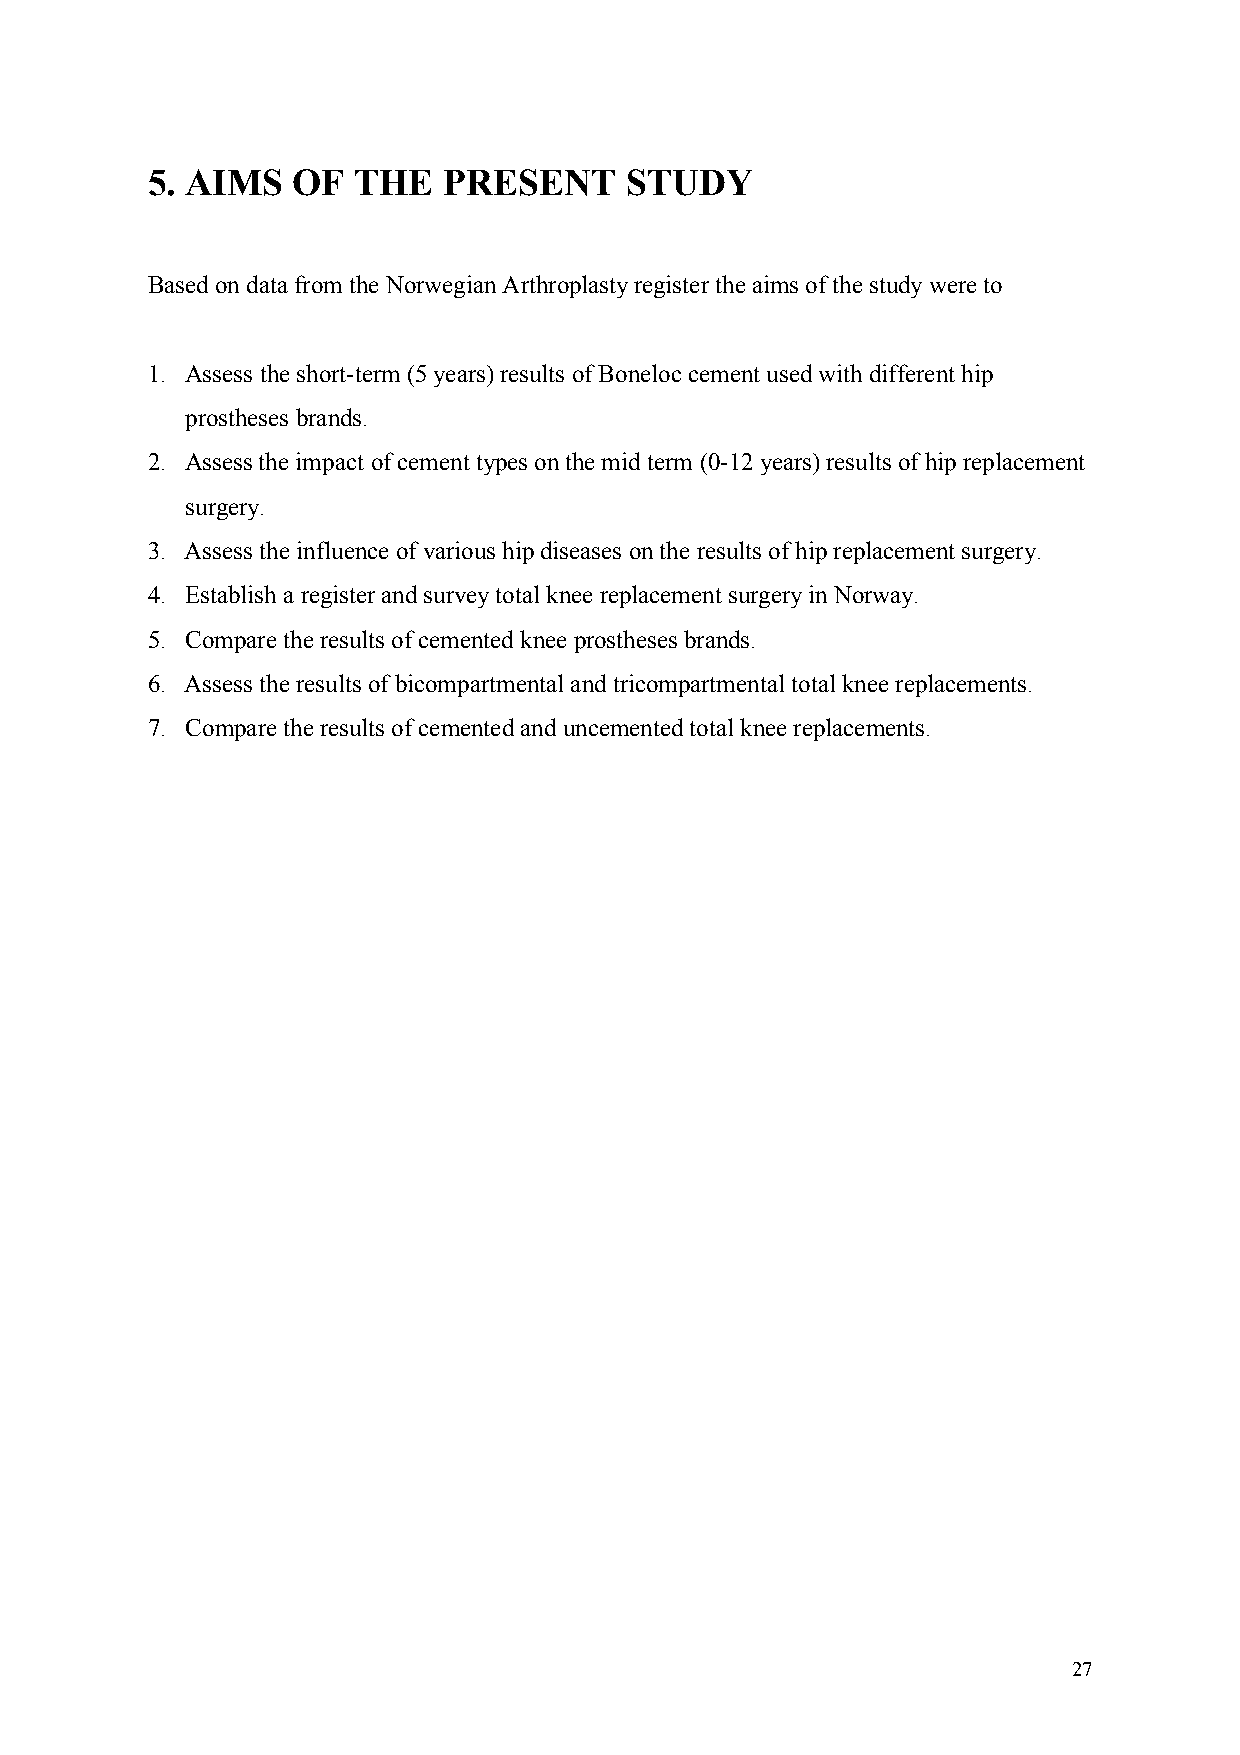
5. AIMS  OF  THE   PRESENT     STUDY
 Based on data from the Norwegian Arthroplasty register the aims of the study were to
 1. Assess the short-term (5 years) results of Boneloc cement used with different hip
 prostheses brands.
 2. Assess the impact of cement types on the mid term (0-12 years) results of hip replacement
 surgery.
 3. Assess the influence of various hip diseases on the results of hip replacement surgery.
 4. Establish a register and survey total knee replacement surgery in Norway.
 5. Compare the results of cemented knee prostheses brands.
 6. Assess the results of bicompartmental and tricompartmental total knee replacements.
 7. Compare the results of cemented and uncemented total knee replacements.
 27